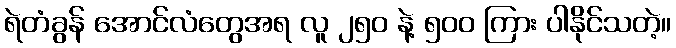
ရဲတံခွန် အောင်လံတွေအရ လူ ၂၅၀ နဲ့ ၅၀၀ ကြား ပါနိုင်သတဲ့။